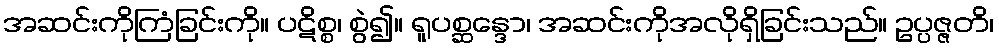
အဆင်းကိုကြံခြင်းကို။ ပဋိစ္စ၊ စွဲ၍။ ရူပစ္ဆန္ဒော၊ အဆင်းကိုအလိုရှိခြင်းသည်။ ဥပ္ပဇ္ဇတိ၊